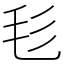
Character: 毝